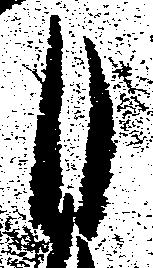
月